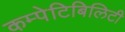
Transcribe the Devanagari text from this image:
कम्पेटिबिलिटी